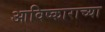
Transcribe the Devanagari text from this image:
आविष्काराच्या